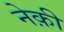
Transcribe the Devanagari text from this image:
नेक़ी